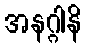
အနဂ္ဂါနိ